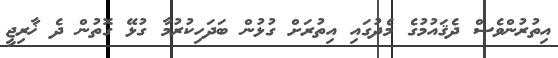
އިތުރުންވެސް ދެޤައުމުގެ މެދުގައި އިތުރަށް ގުޅުން ބަދަހިކުރުމާ ގުޅޭ ގޮތުން ދެ ޚާރިޖީ